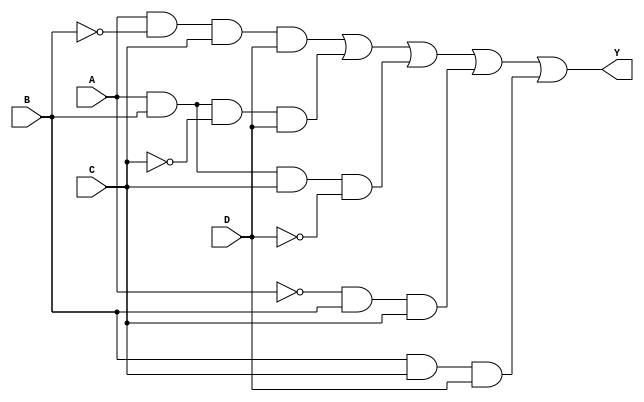
module k_map_4_var (
    input wire A,    // Input variable A
    input wire B,    // Input variable B
    input wire C,    // Input variable C
    input wire D,    // Input variable D
    output wire Y    // Output Y representing the simplified Boolean expression
);

// The K-map implementation
// The following logic corresponds to a specific K-map simplification. 
// This is just an example; you will need to replace it with your actual simplification based on your K-map.
assign Y = (A & ~B & C & D) | // Minterm 8
           (A & B & ~C & D) | // Minterm 10
           (A & B & C & ~D) | // Minterm 14
           (~A & B & C) |     // Minterm 6
           (B & C & D);       // Minterm 7

endmodule